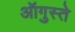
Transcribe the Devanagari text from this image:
ऑगुस्ते